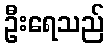
ဦးရေသည်